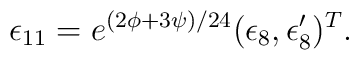
\epsilon_{11} = e^{(2\phi+3\psi)/24} (\epsilon_8,\epsilon_8')^T.